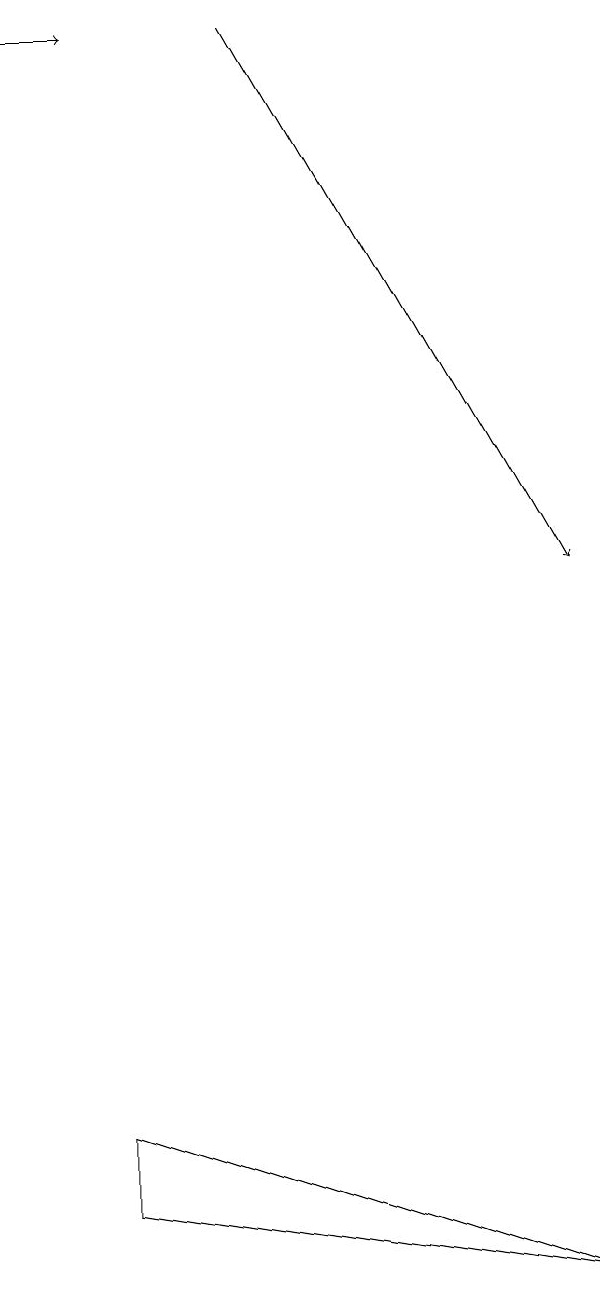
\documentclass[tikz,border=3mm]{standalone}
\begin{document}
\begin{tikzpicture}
\draw[->] (4,18) -- (8,11);
\draw[->] (1,18) -- (2,18);
\draw (8,2) -- (2,4) -- (2,3) -- cycle;
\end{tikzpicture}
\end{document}